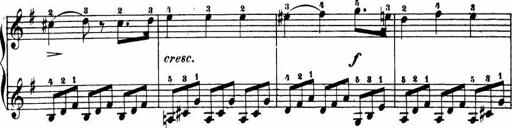
Title: Le bouquetier
Composer: Anton Diabelli
Key: G major
 C major
 F major
 C major